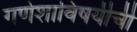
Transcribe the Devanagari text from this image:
गणेशाविषयीची